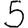
Digit: 5